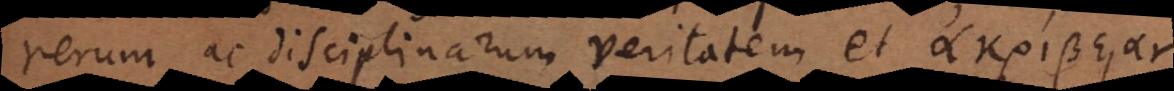
rerum ac disciplinarum veritatem et α